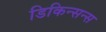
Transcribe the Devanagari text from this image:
डिकिन्सन्स